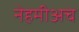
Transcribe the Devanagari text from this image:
नेहमीअच